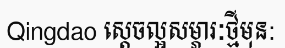
Qingdao ស្តេចល្អសម្ភារៈថ្មីមុន: